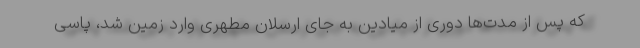
که پس از مدت‌ها دوری از میادین به جای ارسلان مطهری وارد زمین شد، پاسی